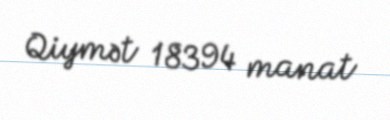
Qiymət 18394 manat